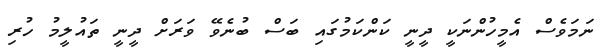
ނަމަވެސް އެމީހުންނަކީ ދީނީ ކަންކަމުގައި ބަސް ބުނެވޭ ވަރަށް ދީނީ ތައުލީމު ހުރި